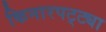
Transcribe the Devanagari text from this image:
किनारपट्ट्या